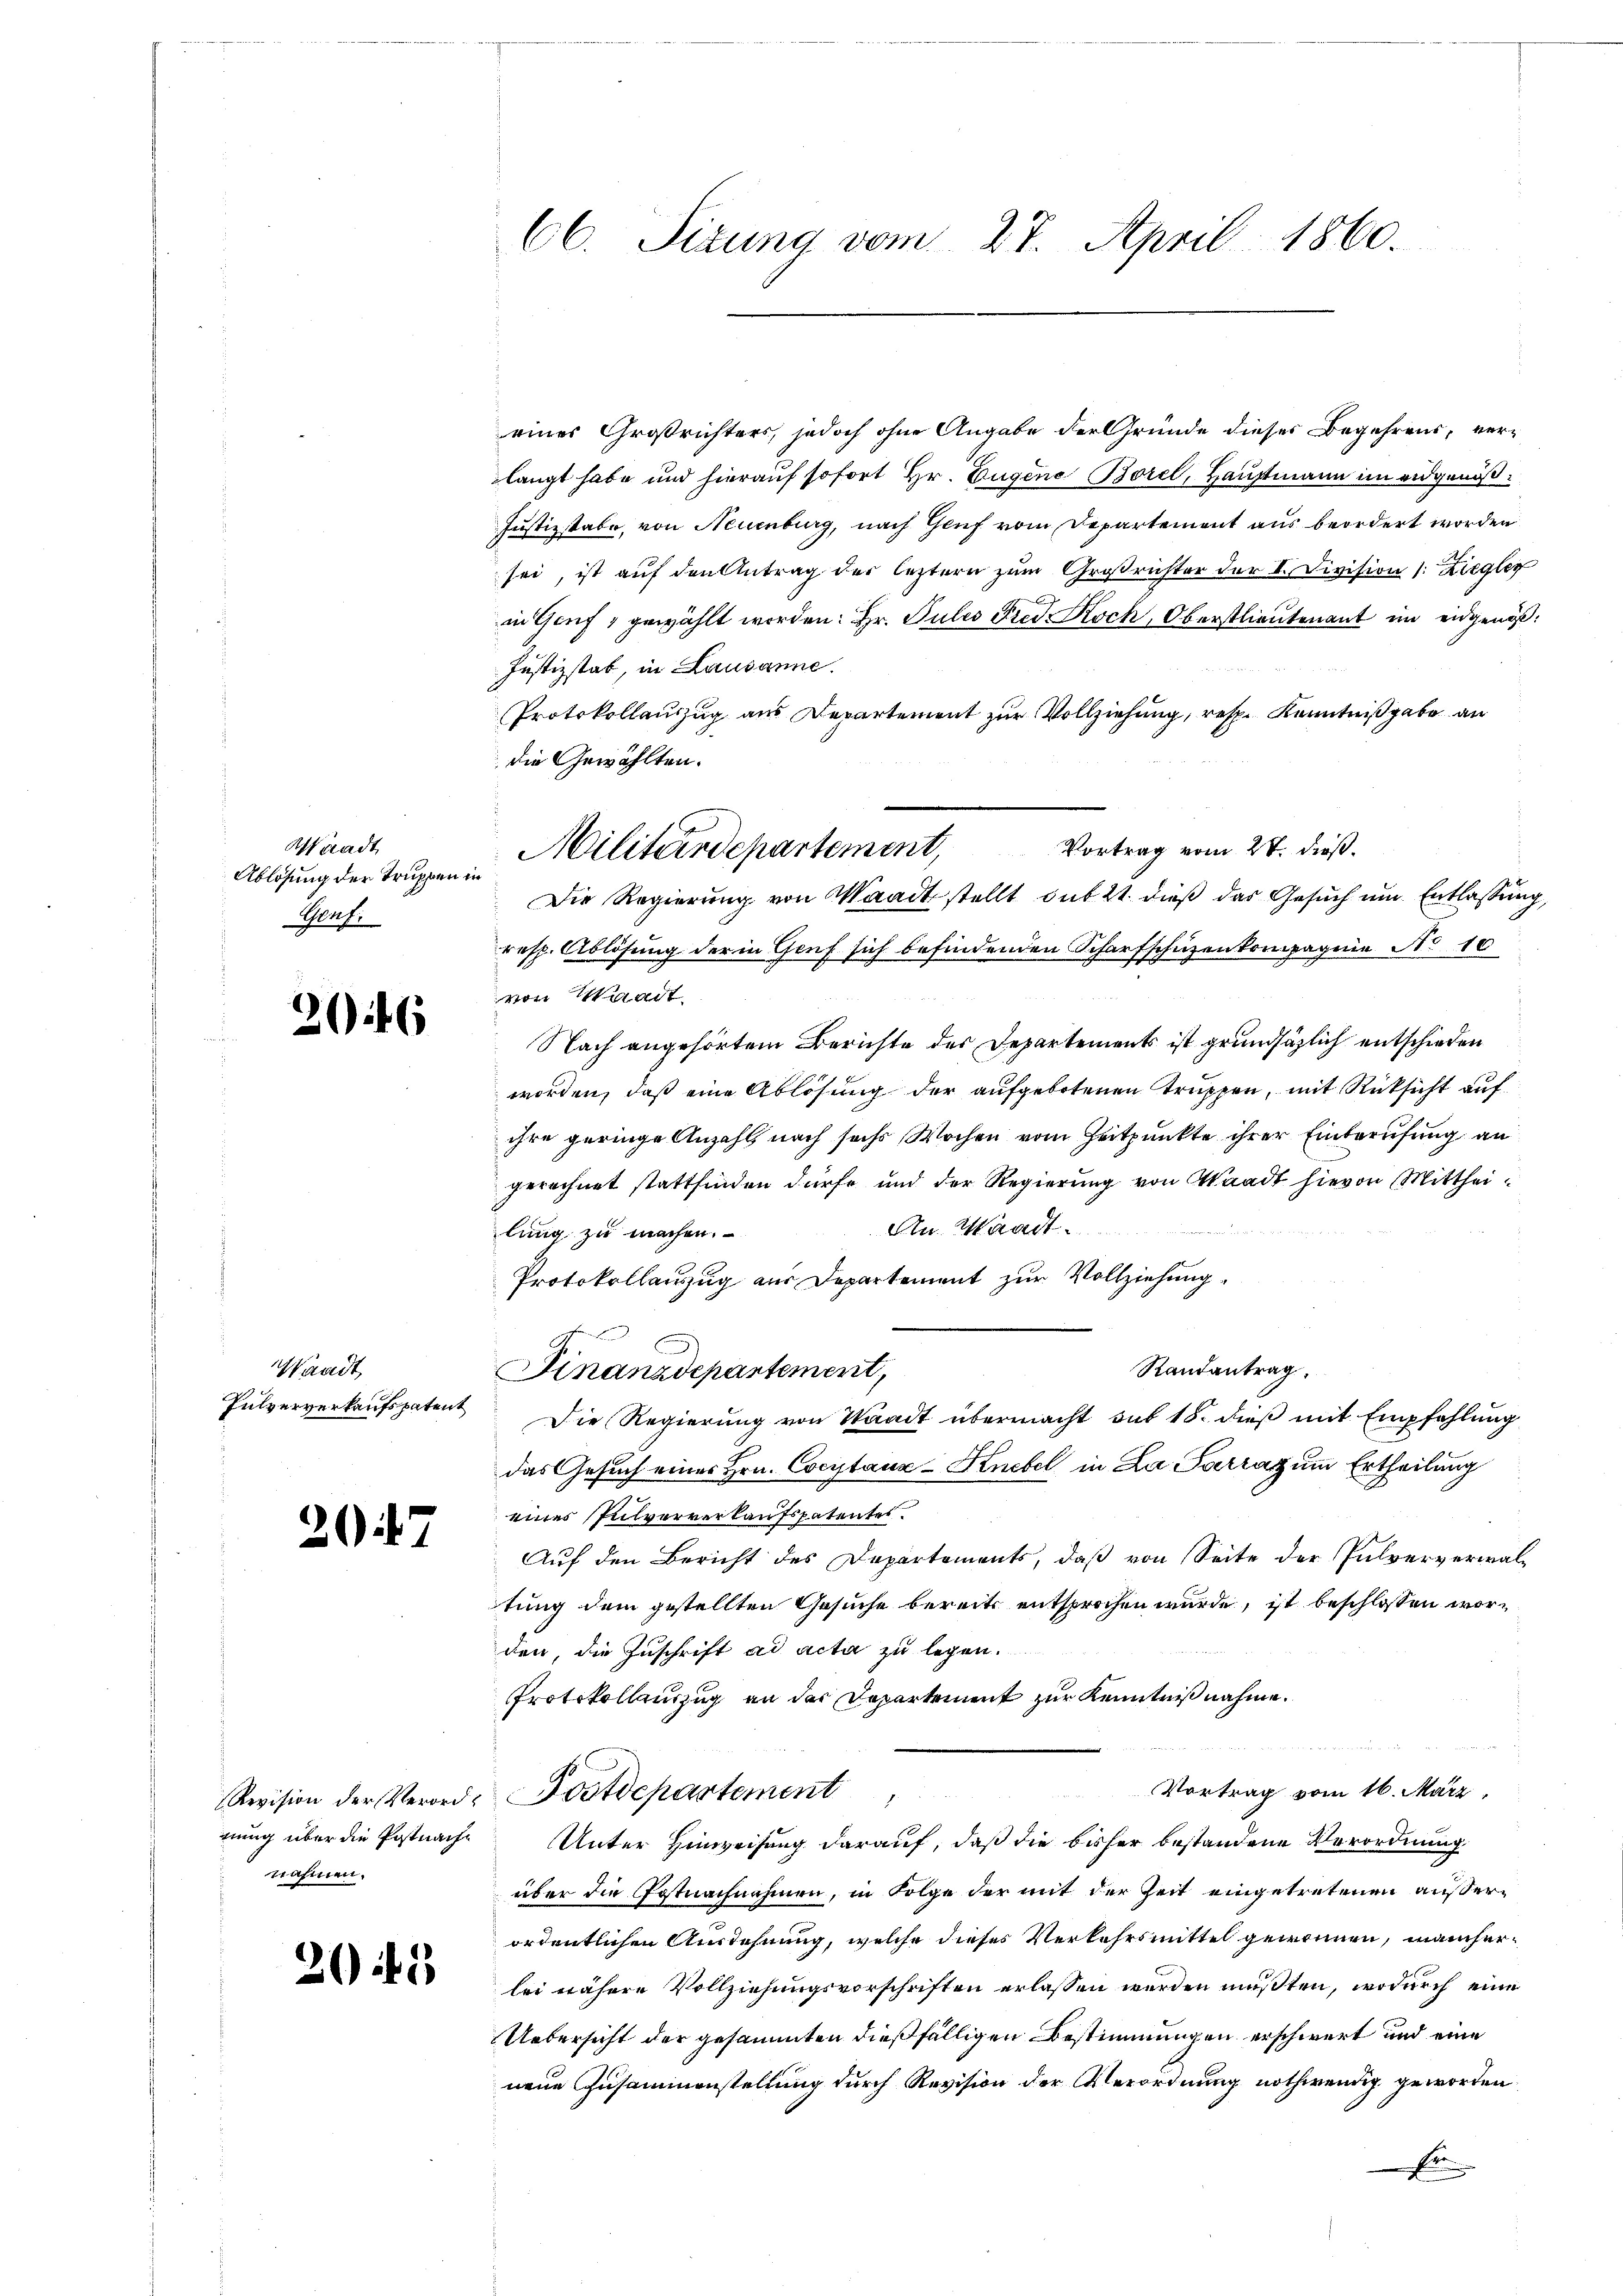
Waadt
Ablösung der Truppen un
Geuf:

206

Waadt,
Pulververkaufspatent

27

Revision der Verordnung über die Postnachnahmen.

2043

66. Sizung vom 27. April 1860.

eines Großrichters, jedoch ohne Angabe der Gründe dieses Begehrens, verlangt habe und hierauf sofort Hr. Eugene Borel, Hauptmann im eidgenöß¬
Justizstabe, von Neuenburg, nach Genf vom Departement aus beordert worden
sei, ist auf den Antrag der leztern zum Großrichter der I. Division (: Ziegler
in Genf, gewählt worden: Hr. Pulis Fred. Koch, Oberstlieutenant im eidgenöß¬
Justizstab, in Lausanne.
Protokollauszug am Departement zur Vollziehung, resp. Kenntniß gebe an
die Gewählten.
resp. Ablösung der in Genf sich befindenden Scharfschüzenkompagnie No 10
von Waadt
Nach angehörtem Berichte des Departements ist grundsätzlich entschieden
worden, daß eine Ablösung der aufgebotenen Truppen, mit Rücksicht auf
ihre geringe Anzahl nach sechs Wochen vom Zeitpunkte ihrer Einberufung an
gerechnet stattfinden dürfe und der Regierung von Waadt hievon Mitthei¬
An Waadt.
lung zu machen.
Protokollanzug aus Departement zur Vollziehung.
Randantrag.
Finanzdepartement,
Die Regierung von Staadt übermacht sub 15. dieß mit Empfehlung
das Gesuch eines Hrn. Coeitaux-Knebel in La Parraz um Ertheilung
eines Pulververkaufspatentes.
Auf den Bericht des Departements, daß von Seite der Pulververwaltung dem gestellten Gesuche bereits entsprochen wurde, ist beschlossen worden, die Zuschrift ad acta zu legen.
Protokollauszug an der Departement zur Kenntniß nahme.
Vortrag vom 16. März,
Postdepartement
Unter Hinweisung darauf, daß die bisher bestandene Verordnung
über die Postnachnahmen, in Folge der mit der Zeit eingetretenen außerordentlichen Ausdehnung, welche dieses Verkehrsmittel gewonnen, mancherlei nähere Vollziehungsvorschriften erlassen werden müßten, wodurch eine
Uebersicht der gesammten dießfälligen Bestimmungen erschwert und eine
neue Zusammenstellung durch Revision der Verordnung nothwendig geworden
E

Militärdepartement, Vortrag vom 27. dieß.
Die Regierung von Waadt stellt sub 21. dieß das Gesuch um Entlassung,